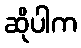
ဆိုပါက